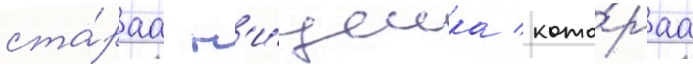
ста́раа н'и́щенка / кото́раа